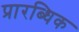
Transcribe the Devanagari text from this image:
प्रारब्धिक